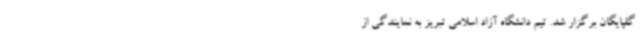
گلپایگان برگزار شد. تیم دانشگاه آزاد اسلامی تبریز به نمایندگی از